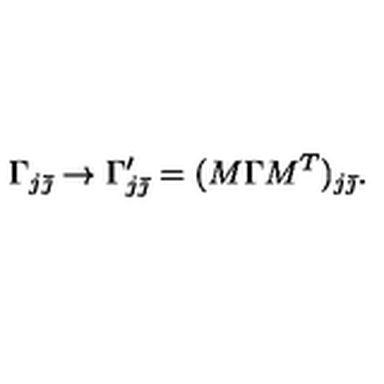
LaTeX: \Gamma _ { j \bar { \jmath } } \rightarrow \Gamma _ { j \bar { \jmath } } ^ { \prime } = ( M \Gamma M ^ { T } ) _ { j \bar { \jmath } } .